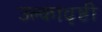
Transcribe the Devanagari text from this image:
उल्कावृष्टी